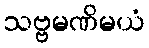
သဗ္ဗမဏိမယံ